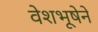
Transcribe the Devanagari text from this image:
वेशभूषेने